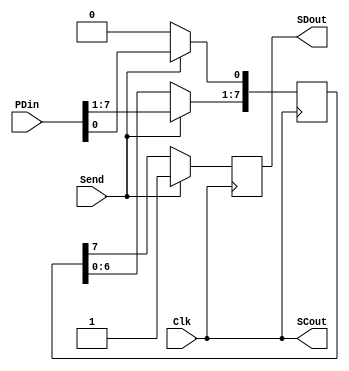
module tx(Clk,Send,PDin,SCout,SDout);
input Clk;
input Send;
input [7:0] PDin; //8 bit data unit
output SCout;
output SDout;//serial data output

reg [7:0] temp;		// temporary data unit
reg serial_out;		// data transmission 


always @(posedge Clk)
begin
	if (Send == 1'b1)//if data is valid			
		begin
			temp [7:0] <= PDin [7:0];	// store the data for transmiting
			serial_out <= 1'b1;			// assign start condition
		end
	else   //  transmitting paralel data on serial way
		begin
			temp[7:1] <= temp[6:0];		// shift the data 
			temp[0] <= 1'b0;			// clear the storage
			serial_out <= temp[7];		//transmission
		end
end

assign SCout = Clk;
assign SDout = serial_out;
 
endmodule